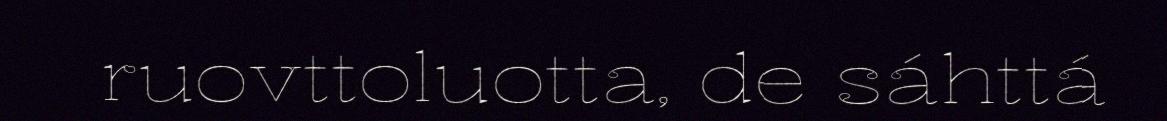
ruovttoluotta, de sáhttá